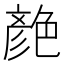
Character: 𦫨